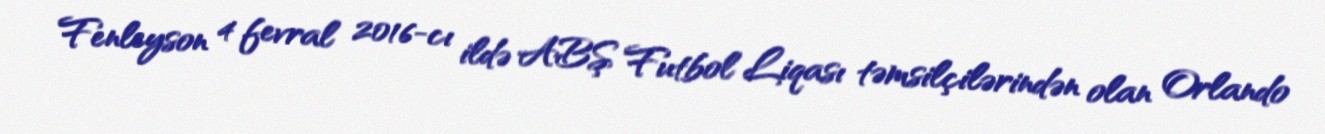
Fenleyson 4 fevral 2016-cı ildə ABŞ Futbol Liqası təmsilçilərindən olan Orlando